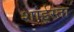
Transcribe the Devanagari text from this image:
शाईस्ता